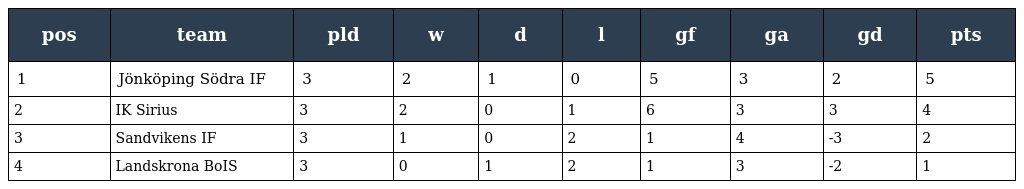
| pos | team | pld | w | d | l | gf | ga | gd | pts |
 | --- | --- | --- | --- | --- | --- | --- | --- | --- | --- |
 | 1 | Jönköping Södra IF | 3 | 2 | 1 | 0 | 5 | 3 | 2 | 5 |
 | 2 | IK Sirius | 3 | 2 | 0 | 1 | 6 | 3 | 3 | 4 |
 | 3 | Sandvikens IF | 3 | 1 | 0 | 2 | 1 | 4 | -3 | 2 |
 | 4 | Landskrona BoIS | 3 | 0 | 1 | 2 | 1 | 3 | -2 | 1 |